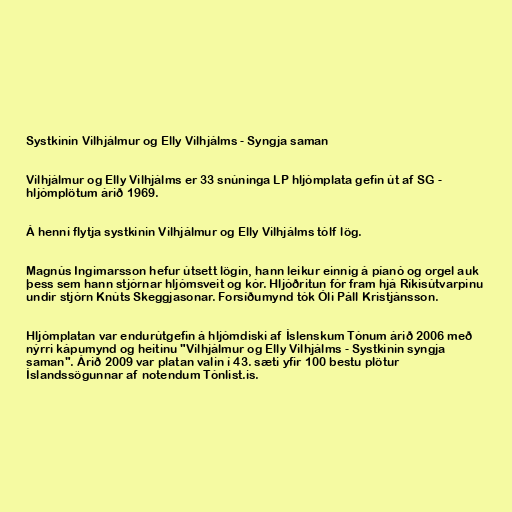
Systkinin Vilhjálmur og Elly Vilhjálms - Syngja saman

Vilhjálmur og Elly Vilhjálms er 33 snúninga LP hljómplata gefin út af SG -
hljómplötum árið 1969.

Á henni flytja systkinin Vilhjálmur og Elly Vilhjálms tólf lög.

Magnús Ingimarsson hefur útsett lögin, hann leikur einnig á píanó og orgel auk
þess sem hann stjórnar hljómsveit og kór. Hljóðritun fór fram hjá Ríkisútvarpinu
undir stjórn Knúts Skeggjasonar. Forsíðumynd tók Óli Páll Kristjánsson.

Hljómplatan var endurútgefin á hljómdiski af Íslenskum Tónum árið 2006 með
nýrri kápumynd og heitinu "Vilhjálmur og Elly Vilhjálms - Systkinin syngja
saman". Árið 2009 var platan valin í 43. sæti yfir 100 bestu plötur
Íslandssögunnar af notendum Tónlist.is.